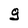
Character: g